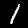
Digit: 1